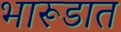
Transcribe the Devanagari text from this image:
भारूडात